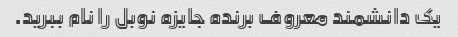
یک دانشمند معروف برنده جایزه نوبل را نام ببرید.